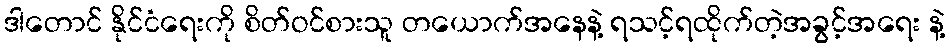
ဒါတောင် နိုင်ငံရေးကို စိတ်ဝင်စားသူ တယောက်အနေနဲ့ ရသင့်ရထိုက်တဲ့အခွင့်အရေး နဲ့